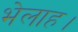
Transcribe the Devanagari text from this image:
भेलाह।